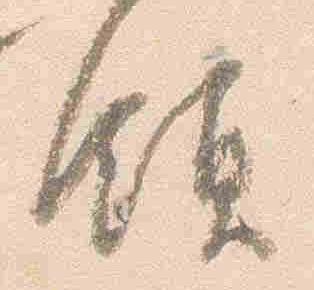
領